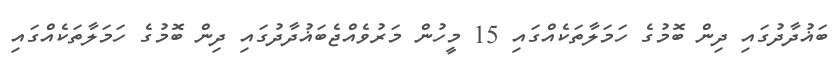
ބަޣުދާދުގައި ދިން ބޮމުގެ ހަމަލާތަކެއްގައި 15 މީހުން މަރުވެއްޖެބަޣުދާދުގައި ދިން ބޮމުގެ ހަމަލާތަކެއްގައި